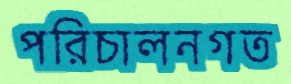
পরিচালনগত